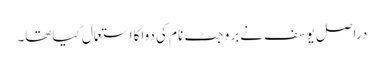
دراصل یوسف نے بروجٹ نام کی دواکااستعمال کیاتھا۔